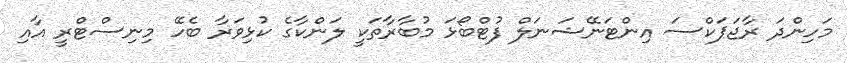
މަހިންދަ ރާޖަޕަކްސަ އިންޓަނޭޝަނަލް ފުޓްބޯޅަ މުބާރާތަކީ ލަންކާގެ ކުޅިވަރާ ބެހޭ މިނިސްޓްރީ އާއި